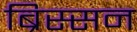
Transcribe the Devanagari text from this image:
ब्रिस्सन